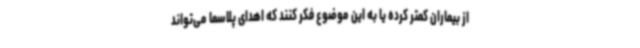
از بیماران کمتر کرده یا به این موضوع فکر کنند که اهدای پلاسما می‌تواند